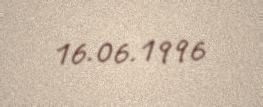
16.06.1996